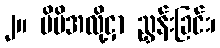
၂။ မိမိအလို့ငှာ ညွှန်းခြင်း၊